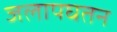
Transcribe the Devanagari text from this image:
जलापघतन